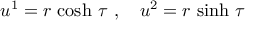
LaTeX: u ^ { 1 } = r \, \cosh \, \tau \ , \ \ \ u ^ { 2 } = r \, \sinh \, \tau